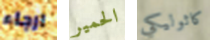
ارجاء الحمير كاثوليكي